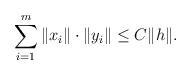
LaTeX: \begin{align*}\sum_{i=1}^m\|x_i\|\cdot \|y_i\|\leq C\|h\|.\end{align*}